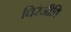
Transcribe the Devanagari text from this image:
चिरंजीवि